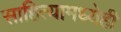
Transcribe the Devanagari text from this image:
साहित्यामध्येही